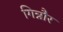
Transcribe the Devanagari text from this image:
गिन्नौर